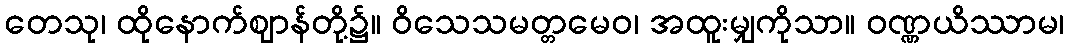
တေသု၊ ထိုနောက်ဈာန်တို့၌။ ဝိသေသမတ္တမေဝ၊ အထူးမျှကိုသာ။ ဝဏ္ဏယိဿာမ၊